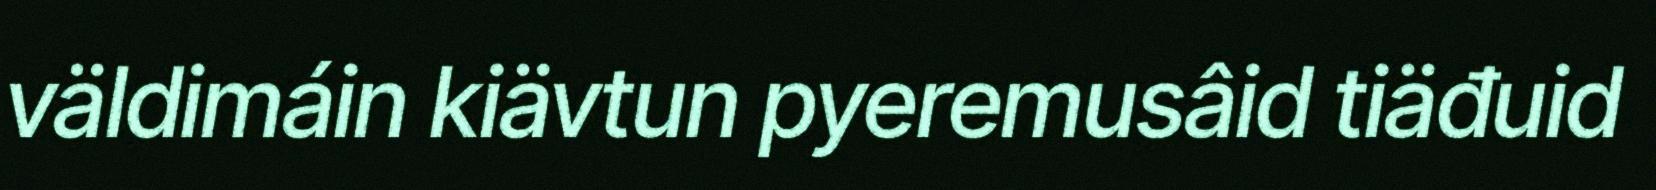
väldimáin kiävtun pyeremusâid tiäđuid